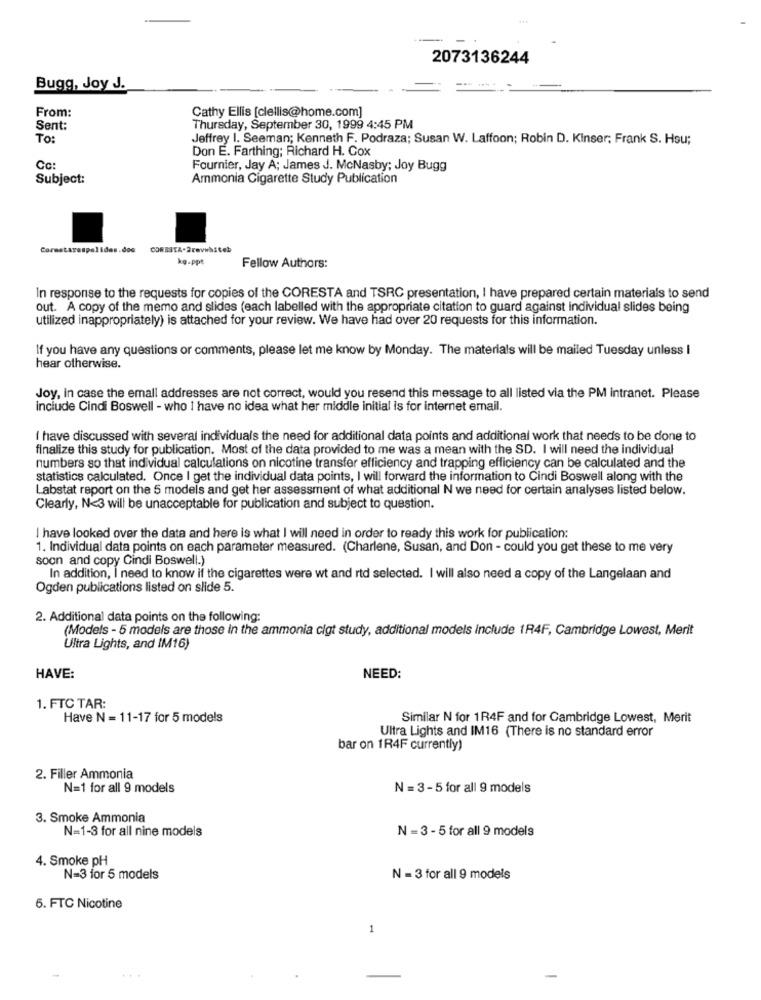
2073136244
Bugg, Joy J.
From:
Cathy Ellis [clellis@home.com]
Sent:
Thursday, September 30, 1999 4:45 PM
To:
Jeffrey I. Seeman; Kenneth F. Podraza; Susan W. Laffoon; Robin D. Kinser; Frank S. Hsu;
Don E. Farthing; Richard H. Cox
Cc:
Fournier, Jay A; James J. McNasby; Joy Bugg
Subject:
Ammonia Cigarette Study Publication
Cornstarespolides.doc
CORBATA-2revwhiteb
kg.ppt
Fellow Authors:
In response to the requests for copies of the CORESTA and TSRC presentation, I have prepared certain materials to send
out. A copy of the memo and slides (each labelled with the appropriate citation to guard against individual slides being
utilized inappropriately) is attached for your review. We have had over 20 requests for this information.
If you have any questions or comments, please let me know by Monday. The materials will be mailed Tuesday unless I
hear otherwise.
Joy, in case the emall addresses are not correct, would you resend this message to all listed via the PM intranet. Please
include Cindi Boswell - who 1 have no idea what her middle initial is for internet email.
I have discussed with several individuals the need for additional data points and additional work that needs to be done to
finalize this study for publication. Most of the data provided to me was a mean with the SD. I will need the individual
numbers so that individual calculations on nicotine transfer efficiency and trapping efficiency can be calculated and the
statistics calculated. Once I get the individual data points, I will forward the information to Cindi Boswell along with the
Labstat report on the 5 models and get her assessment of what additional N we need for certain analyses listed below.
Clearly, N<3 will be unacceptable for publication and subject to question.
I have looked over the data and here is what I will need in order to ready this work for publication:
1. Individual data points on each parameter measured. (Charlene, Susan, and Don - could you get these to me very
soon and copy Cindi Boswell.)
In addition, I need to know if the cigarettes were wt and rtd selected. I will also need a copy of the Langelaan and
Ogden publications listed on slide 5.
2. Additional data points on the following:
(Models - 5 models are those in the ammonia cigt study, additional models Include 1R4F, Cambridge Lowest, Merit
Ultra Lights, and IM16)
HAVE:
NEED:
1. FTC TAR:
Have N = 11-17 for 5 models
Similar N for 1R4F and for Cambridge Lowest, Merit
Ultra Lights and IM16 (There is no standard error
bar on 1R4F currently)
2. Filler Ammonia
N=1 for all 9 models
N = 3 -5 for all 9 models
3. Smoke Ammonia
N=1-3 for all nine models
N = 3 - 5 for all 9 models
4. Smoke pH
N=3 for 5 models
N = 3 for all 9 models
6. FTC Nicotine
1